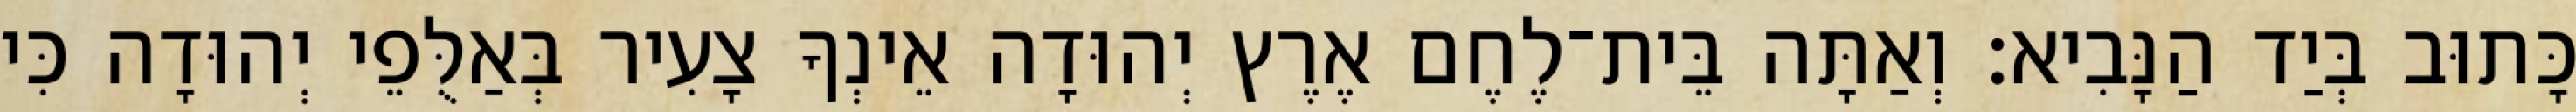
כָּתוּב בְּיַד הַנָּבִיא׃ וְאַתָּה בֵּית־לֶחֶם אֶרֶץ יְהוּדָה אֵינְךָ צָעִיר בְּאַלֻּפֵי יְהוּדָה כִּי